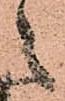
々